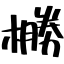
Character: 橳